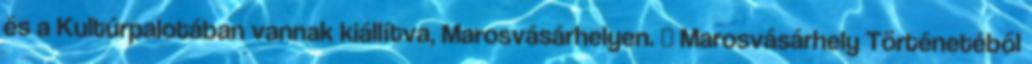
és a Kultúrpalotában vannak kiállítva, Marosvásárhelyen. ↑ Marosvásárhely Történetéből